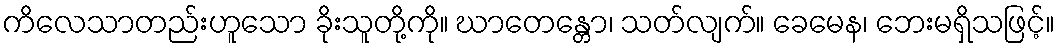
ကိလေသာတည်းဟူသော ခိုးသူတို့ကို။ ဃာတေန္တော၊ သတ်လျက်။ ခေမေန၊ ဘေးမရှိသဖြင့်။